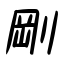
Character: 剛